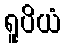
ရူပိယံ